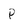
Character: P